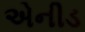
એનીડ